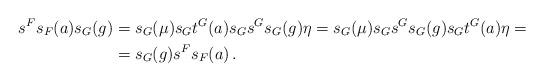
LaTeX: \begin{align*} s^Fs_F(a)s_G(g)&=s_G(\mu)s_Gt^G(a)s_Gs^Gs_G(g)\eta=s_G(\mu)s_Gs^Gs_G(g)s_Gt^G(a)\eta=\\&=s_G(g)s^Fs_F(a)\,.\end{align*}